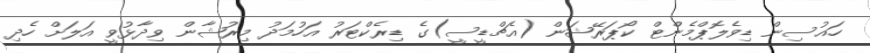
ހައުސިން ޑިވެލޮޕްމެންޓް ކޯޕަރޭޝަން (އެޗްޑީސީ)ގެ ޑިރެކްޓަރު އަހުމަދު މިރުޝާން ވިދާޅުވީ އަލަށް ހެދި